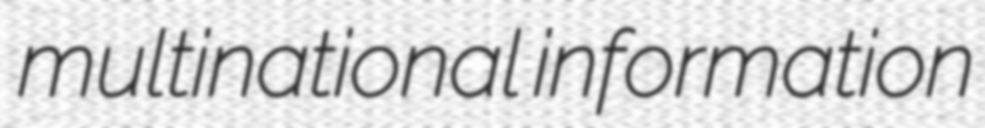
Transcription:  multinational information